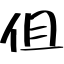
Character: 伹